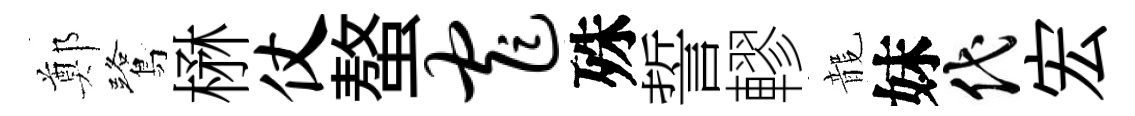
鄭鷺楙仗螯窄殊誓轇龍妹代宏